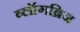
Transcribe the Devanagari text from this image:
ब्लॉगब्रिज